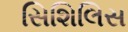
સિશિલિસ